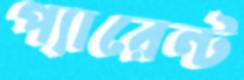
প্যারেন্ট